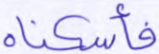
فأسكناه